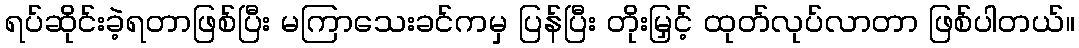
ရပ်ဆိုင်းခဲ့ရတာဖြစ်ပြီး မကြာသေးခင်ကမှ ပြန်ပြီး တိုးမြှင့် ထုတ်လုပ်လာတာ ဖြစ်ပါတယ်။